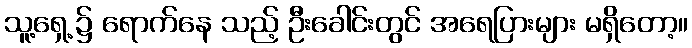
သူ့ရှေ့၌ ရောက်နေ သည့် ဦးခေါင်းတွင် အရေပြားများ မရှိတော့။